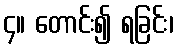
၄။ တောင်း၍ ရခြင်း၊